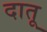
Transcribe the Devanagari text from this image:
दातू